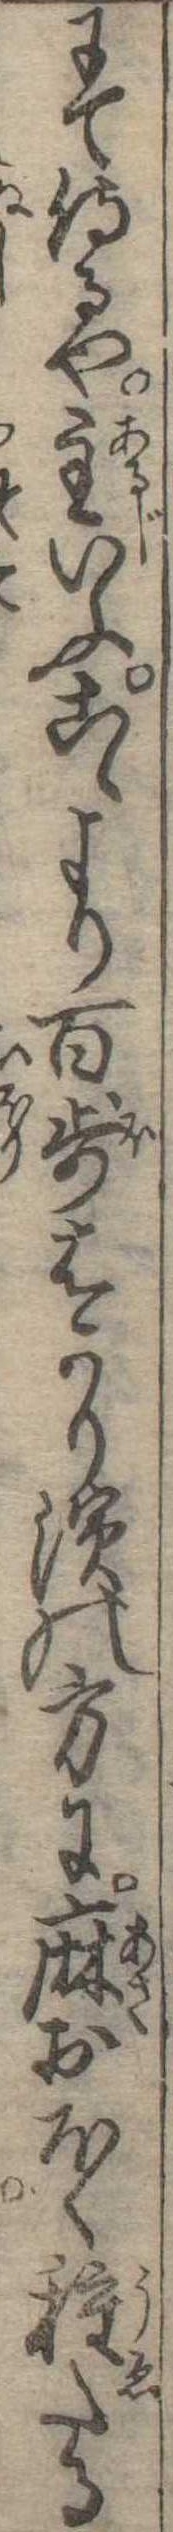
にて侍るや主いふこゝより百歩はかり浜の方に麻おほく種たる